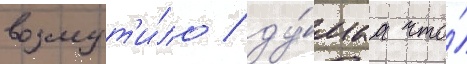
возмут'и́ло / ду́маа что́